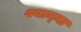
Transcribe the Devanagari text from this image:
श्याम्घा